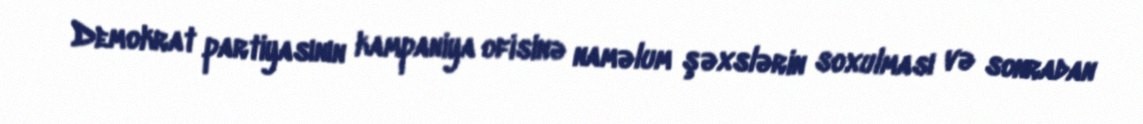
Demokrat partiyasının kampaniya ofisinə naməlum şəxslərin soxulması və sonradan